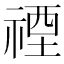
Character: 禋